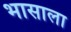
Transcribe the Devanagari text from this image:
भासाला